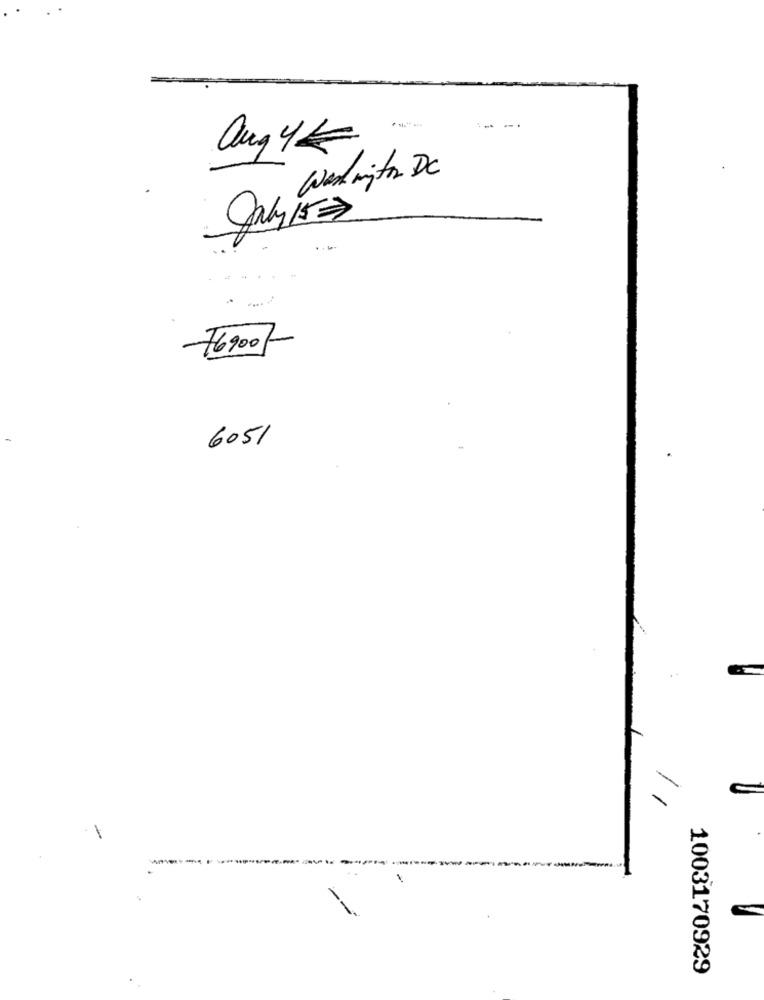
-- -.
aug 4€
Wed with DC
Only 15
...
--
76900
6051
-
1003170929